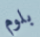
بلوم